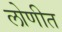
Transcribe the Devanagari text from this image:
लोणीत